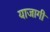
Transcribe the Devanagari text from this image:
याजागी